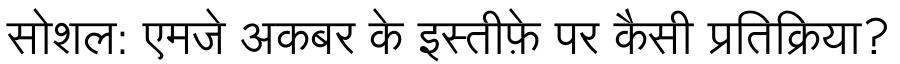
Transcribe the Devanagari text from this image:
सोशल: एमजे अकबर के इस्तीफ़े पर कैसी प्रतिक्रिया?